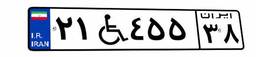
۴۵W۰۶۴۱۱